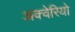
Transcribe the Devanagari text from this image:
अक्वेरियो